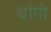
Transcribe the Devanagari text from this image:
थांगी